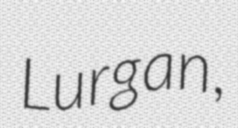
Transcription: Lurgan,